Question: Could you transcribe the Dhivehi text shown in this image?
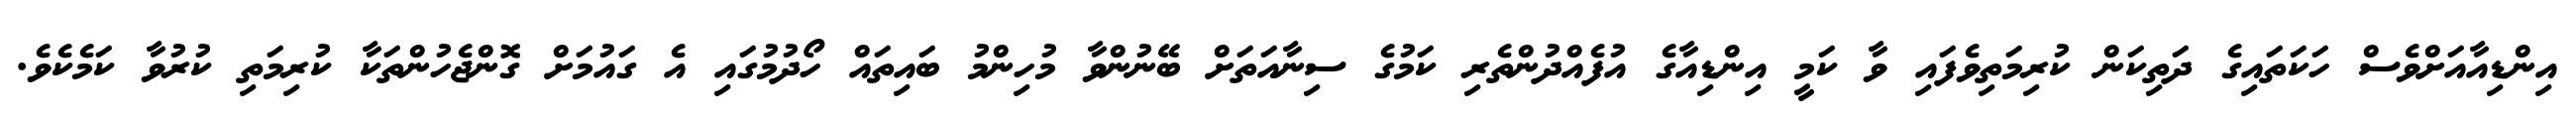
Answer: އިންޑިއާއަށްވެސް ހަކަތައިގެ ދަތިކަން ކުރިމަތިވެފައި ވާ ކަމީ އިންޑިއާގެ އުފެއްދުންތެރި ކަމުގެ ސިނާއަތަށް ބޭނުންވާ މުހިންމު ބައިތައް ހޯދުމުގައި އެ ގައުމަށް ގޮންޖެހުންތަކާ ކުރިމަތި ކުރުވާ ކަމެކެވެ.